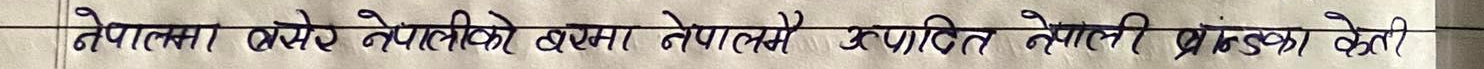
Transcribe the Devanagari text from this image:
नेपालमा बसेर नेपालीको संख्या नेपालमै उत्पादित नेपाली प्रजिम्का क्षेत्री